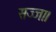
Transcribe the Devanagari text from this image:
सज्जा।